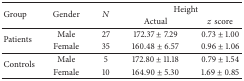
<table><thead><tr><td rowspan="2"><b>Group</b></td><td rowspan="2"><b>Gender</b></td><td rowspan="2"><b><i>N</i></b></td><td colspan="2"><b>Height</b></td></tr><tr><td><b>Actual</b></td><td><b><i>z</i> score</b></td></tr></thead><tbody><tr><td rowspan="2">Patients</td><td>Male</td><td>27</td><td>172.37 ± 7.29</td><td>0.73 ± 1.00</td></tr><tr><td>Female</td><td>35</td><td>160.48 ± 6.57</td><td>0.96 ± 1.06</td></tr><tr><td rowspan="2">Controls</td><td>Male</td><td>5</td><td>172.80 ± 11.18</td><td>0.79 ± 1.54</td></tr><tr><td>Female</td><td>10</td><td>164.90 ± 5.30</td><td>1.69 ± 0.85</td></tr></tbody></table>